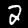
Digit: 2